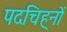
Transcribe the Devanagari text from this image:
पदचिह्‌नों